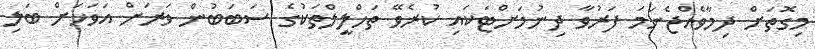
މިގޮތަށް ދިމާވެއްޖެނަމަ ފަރުވާ ދިނުމަށްޓަކައި ކުރެވޭ ތަހްލީލްތަކުގެ ސަބަބުން ވަރަށް އަވަހަށް ބަލި